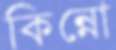
কিন্নো